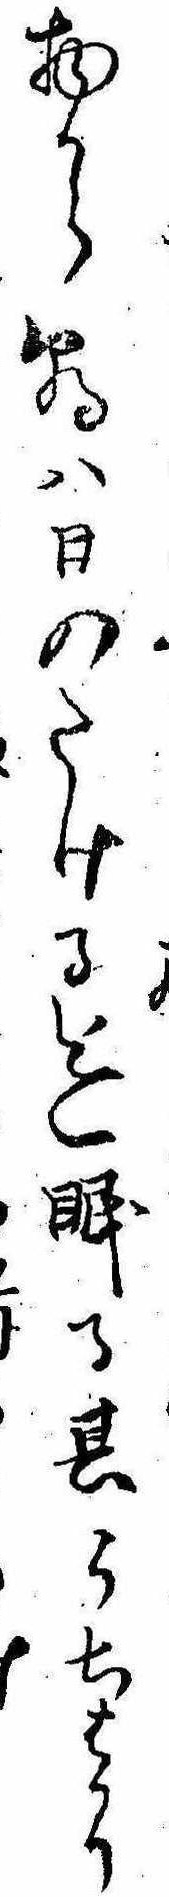
物から朝は日のたける迄眠る其うちはかりけ